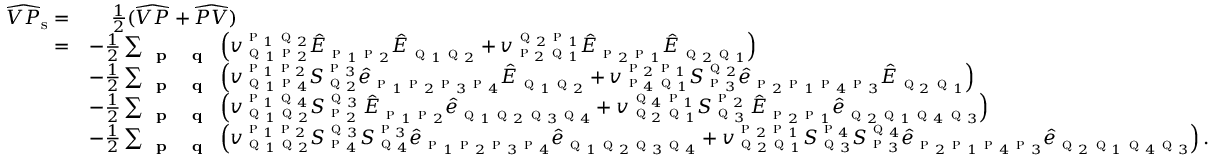
\begin{array} { r l } { \widehat { V P } _ { \mathrm { s } } = } & { \; \; \; \; \frac { 1 } { 2 } ( \widehat { V P } + \widehat { P V } ) } \\ { = } & { - \frac { 1 } { 2 } \sum _ { \textbf { \textsc { p } } \textbf { \textsc { q } } } \left( v _ { \textsc { q } _ { 1 } \textsc { p } _ { 2 } } ^ { \textsc { p } _ { 1 } \textsc { q } _ { 2 } } \hat { E } _ { \textsc { p } _ { 1 } \textsc { p } _ { 2 } } \hat { E } _ { \textsc { q } _ { 1 } \textsc { q } _ { 2 } } + v _ { \textsc { p } _ { 2 } \textsc { q } _ { 1 } } ^ { \textsc { q } _ { 2 } \textsc { p } _ { 1 } } \hat { E } _ { \textsc { p } _ { 2 } \textsc { p } _ { 1 } } \hat { E } _ { \textsc { q } _ { 2 } \textsc { q } _ { 1 } } \right) } \\ & { - \frac { 1 } { 2 } \sum _ { \textbf { \textsc { p } } \textbf { \textsc { q } } } \left( { v } _ { \textsc { q } _ { 1 } \textsc { p } _ { 4 } } ^ { \textsc { p } _ { 1 } \textsc { p } _ { 2 } } S _ { \textsc { q } _ { 2 } } ^ { \textsc { p } _ { 3 } } \hat { e } _ { \textsc { p } _ { 1 } \textsc { p } _ { 2 } \textsc { p } _ { 3 } \textsc { p } _ { 4 } } \hat { E } _ { \textsc { q } _ { 1 } \textsc { q } _ { 2 } } + { v } _ { \textsc { p } _ { 4 } \textsc { q } _ { 1 } } ^ { \textsc { p } _ { 2 } \textsc { p } _ { 1 } } S _ { \textsc { p } _ { 3 } } ^ { \textsc { q } _ { 2 } } \hat { e } _ { \textsc { p } _ { 2 } \textsc { p } _ { 1 } \textsc { p } _ { 4 } \textsc { p } _ { 3 } } \hat { E } _ { \textsc { q } _ { 2 } \textsc { q } _ { 1 } } \right) } \\ & { - \frac { 1 } { 2 } \sum _ { \textbf { \textsc { p } } \textbf { \textsc { q } } } \left( { v } _ { \textsc { q } _ { 1 } \textsc { q } _ { 2 } } ^ { \textsc { p } _ { 1 } \textsc { q } _ { 4 } } S _ { \textsc { p } _ { 2 } } ^ { \textsc { q } _ { 3 } } \, \hat { E } _ { \textsc { p } _ { 1 } \textsc { p } _ { 2 } } \hat { e } _ { \textsc { q } _ { 1 } \textsc { q } _ { 2 } \textsc { q } _ { 3 } \textsc { q } _ { 4 } } + { v } _ { \textsc { q } _ { 2 } \textsc { q } _ { 1 } } ^ { \textsc { q } _ { 4 } \textsc { p } _ { 1 } } S _ { \textsc { q } _ { 3 } } ^ { \textsc { p } _ { 2 } } \, \hat { E } _ { \textsc { p } _ { 2 } \textsc { p } _ { 1 } } \hat { e } _ { \textsc { q } _ { 2 } \textsc { q } _ { 1 } \textsc { q } _ { 4 } \textsc { q } _ { 3 } } \right) } \\ & { - \frac { 1 } { 2 } \sum _ { \textbf { \textsc { p } } \textbf { \textsc { q } } } \left( { v } _ { \textsc { q } _ { 1 } \textsc { q } _ { 2 } } ^ { \textsc { p } _ { 1 } \textsc { p } _ { 2 } } S _ { \textsc { p } _ { 4 } } ^ { \textsc { q } _ { 3 } } S _ { \textsc { q } _ { 4 } } ^ { \textsc { p } _ { 3 } } \hat { e } _ { \textsc { p } _ { 1 } \textsc { p } _ { 2 } \textsc { p } _ { 3 } \textsc { p } _ { 4 } } \hat { e } _ { \textsc { q } _ { 1 } \textsc { q } _ { 2 } \textsc { q } _ { 3 } \textsc { q } _ { 4 } } + { v } _ { \textsc { q } _ { 2 } \textsc { q } _ { 1 } } ^ { \textsc { p } _ { 2 } \textsc { p } _ { 1 } } S _ { \textsc { q } _ { 3 } } ^ { \textsc { p } _ { 4 } } S _ { \textsc { p } _ { 3 } } ^ { \textsc { q } _ { 4 } } \hat { e } _ { \textsc { p } _ { 2 } \textsc { p } _ { 1 } \textsc { p } _ { 4 } \textsc { p } _ { 3 } } \hat { e } _ { \textsc { q } _ { 2 } \textsc { q } _ { 1 } \textsc { q } _ { 4 } \textsc { q } _ { 3 } } \right) . } \end{array}